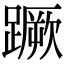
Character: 蹶